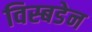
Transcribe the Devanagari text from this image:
विस्बडेन